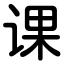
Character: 课